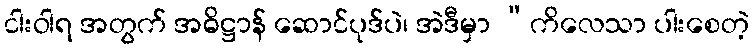
ငါးဝါရ အတွက် အဓိဋ္ဌာန် ဆောင်ပုဒ်ပဲ၊ အဲဒီမှာ “ကိလေသာ ပါးစေတဲ့